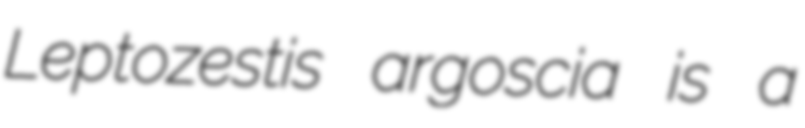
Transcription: Leptozestis argoscia is a